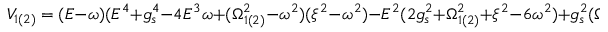
V _ { 1 ( 2 ) } = ( E - \omega ) ( E ^ { 4 } + g _ { s } ^ { 4 } - 4 E ^ { 3 } \omega + ( \Omega _ { 1 ( 2 ) } ^ { 2 } - \omega ^ { 2 } ) ( \xi ^ { 2 } - \omega ^ { 2 } ) - E ^ { 2 } ( 2 g _ { s } ^ { 2 } + \Omega _ { 1 ( 2 ) } ^ { 2 } + \xi ^ { 2 } - 6 \omega ^ { 2 } ) + g _ { s } ^ { 2 } ( \Omega _ { 1 ( 2 ) } ^ { 2 } - 2 \omega ^ { 2 } ) + 2 E \omega ( 2 g _ { s } ^ { 2 } + \Omega _ { 1 ( 2 ) } ^ { 2 } + \xi ^ { 2 } - 2 \omega ^ { 2 } ) )